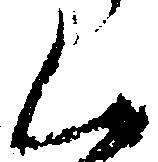
く